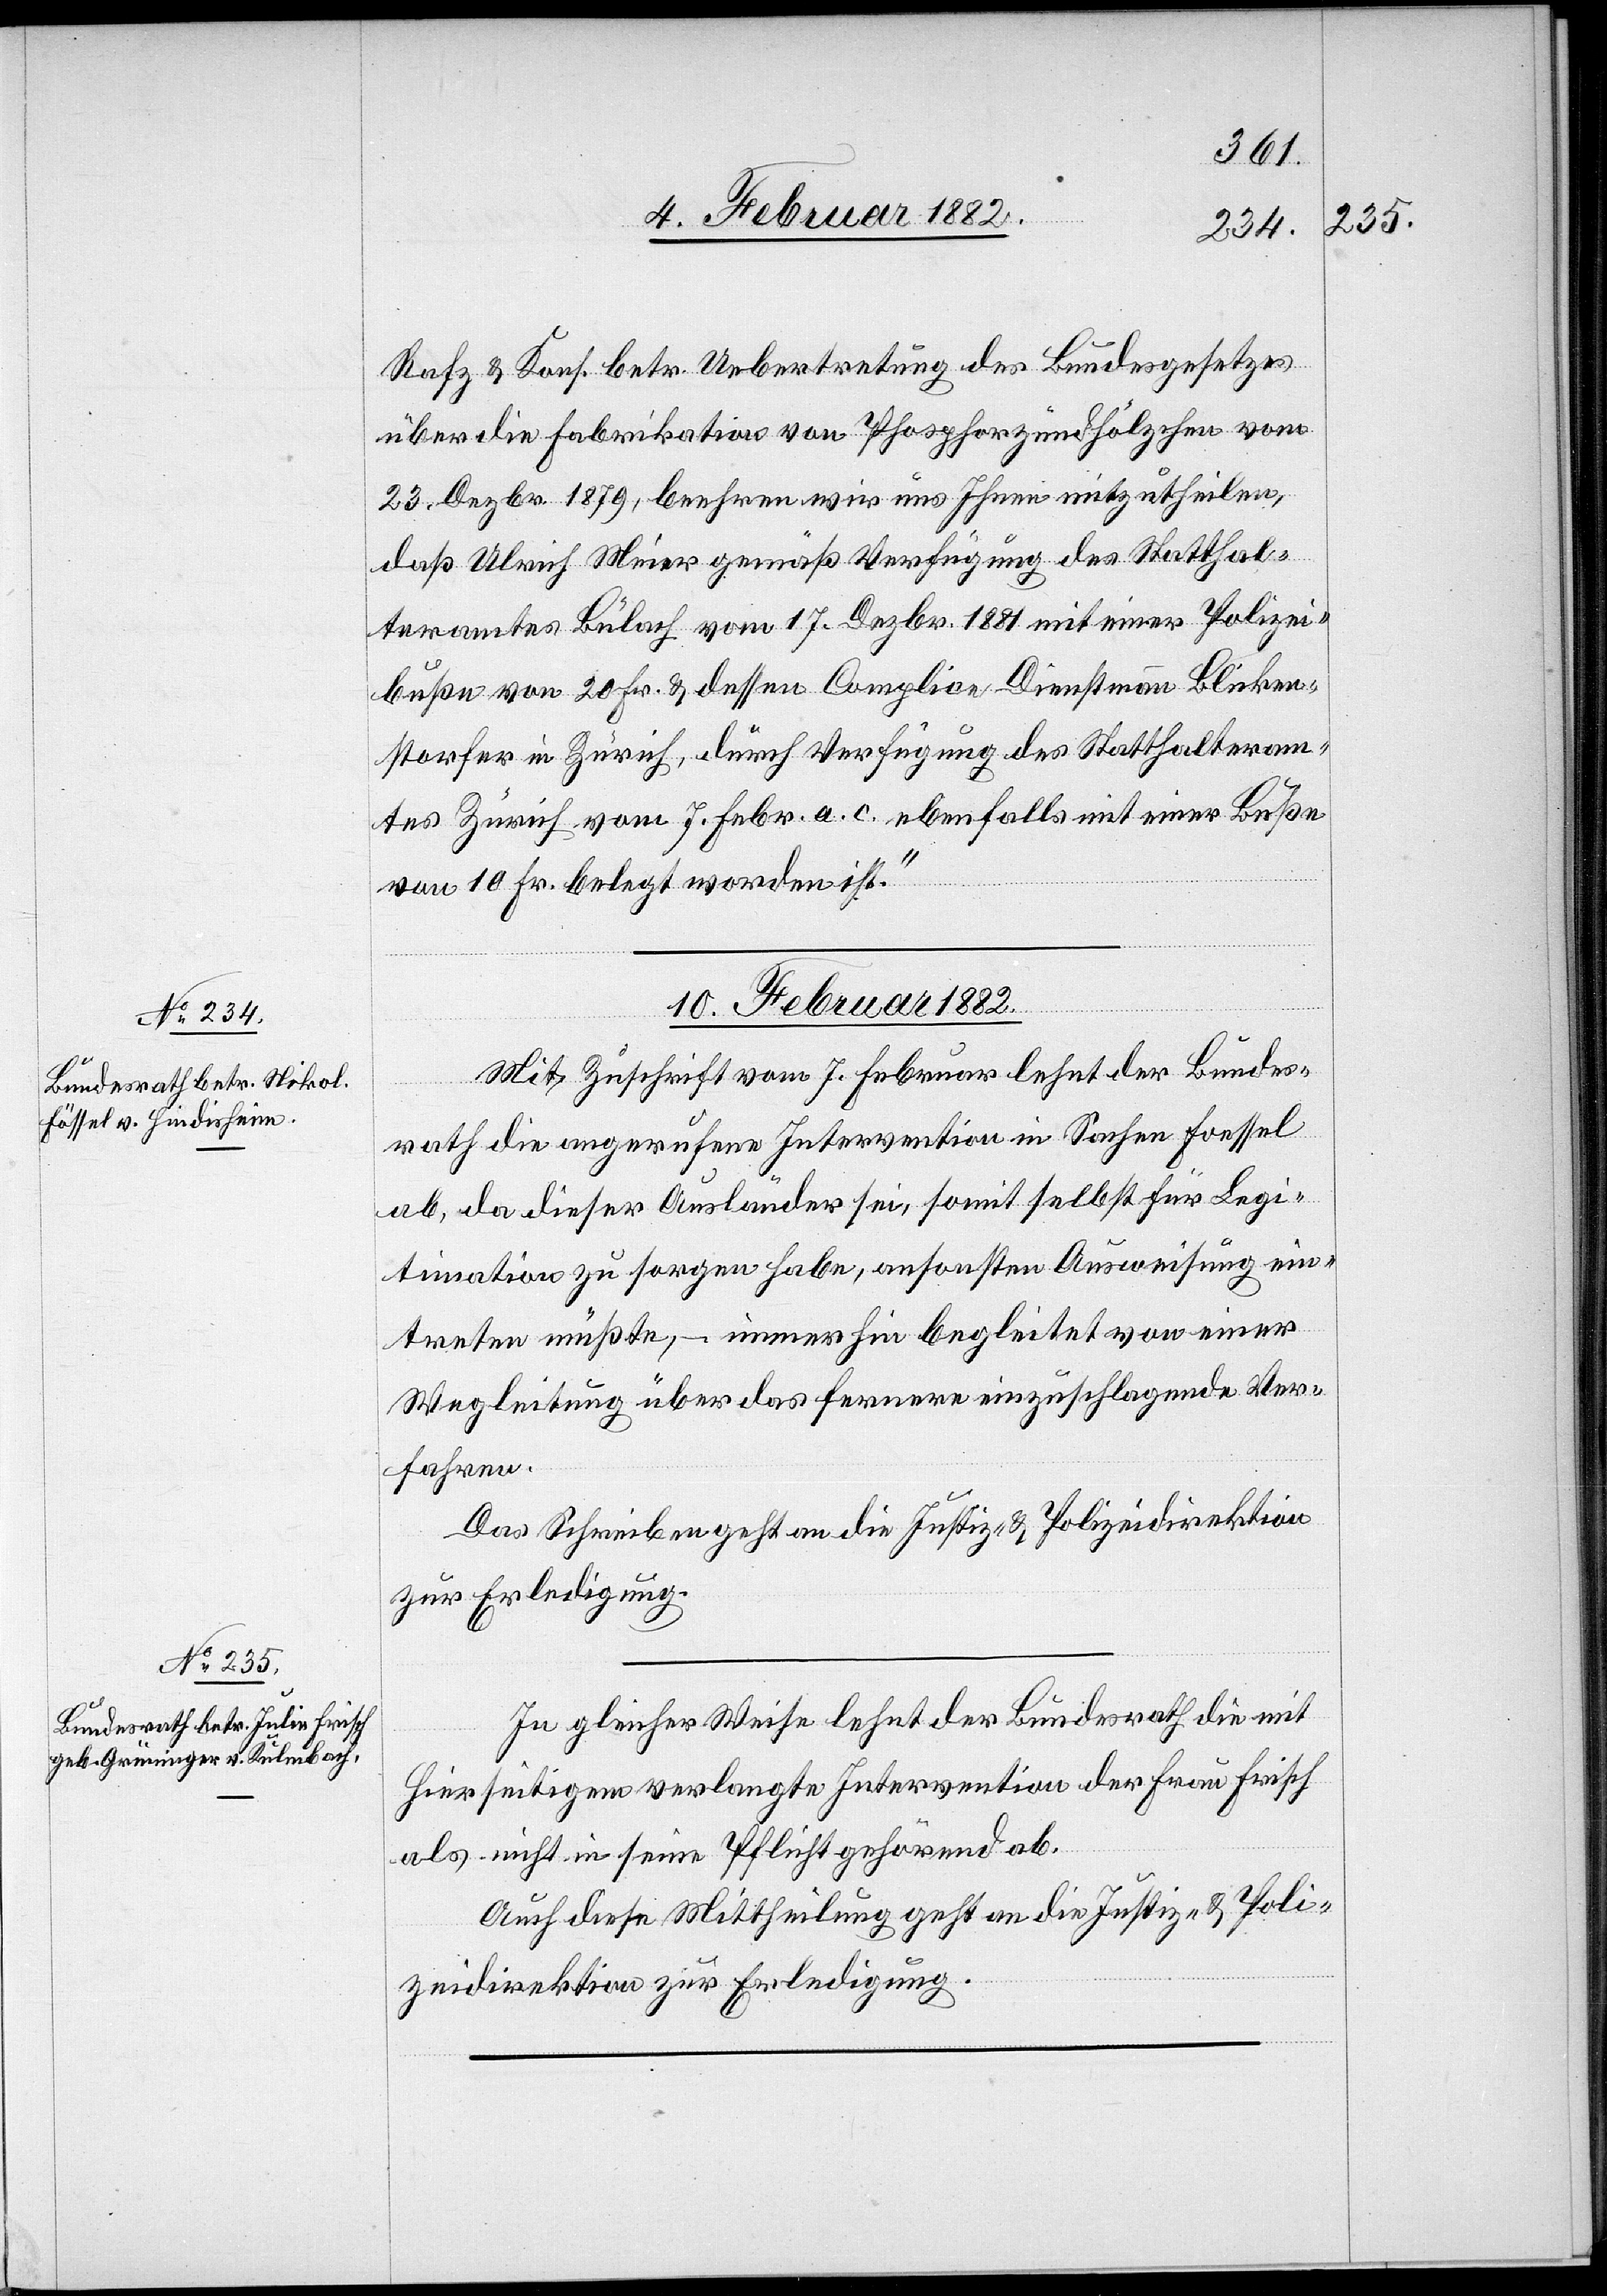
Rafz & Kons. betr. Uebertretung des Bundesgesetzes
über die Fabrikation von Phosphorzündhölzchen vom
23. Dezbr. 1879, beehren wir uns Ihnen mitzutheilen,
daß Ulrich Meier gemäß Verfügung des Statthal¬
teramtes Bülach vom 17. Dezbr. 1881 mit einer Polizei¬
buße von 20. Fr. & dessen Complice Dienstmann Blicken¬
storfer in Zürich, durch Verfügung des Statthalteram¬
tes Zürich vom 7. Febr. a. c. ebenfalls mit einer Buße
von 10. Fr. belegt worden ist.“
10. Februar 1882]
Mit Zuschrift vom 7. Februar lehnt der Bundes¬
rath die angerufene Intervention in Sachen Foessel
ab, da dieser Ausländer sei, somit selbst für Legi¬
timation zu sorgen habe, ansonsten Ausweisung ein¬
treten müßte, – immerhin begleitet von einer
Wegleitung über das fernere einzuschlagende Ver¬
fahren.
Das Schreiben geht an die Justiz- & Polizeidirektion
zur Erledigung.
In gleicher Weise lehnt der Bundesrath die mit
hierseitigem verlangten Intervention der Frau Frisch
als nicht in seine Pflicht gehörend ab.
Auch diese Mittheilung geht an die Justiz- & Poli¬
zeidirektion zur Erledigung.